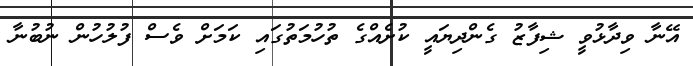
އޭނާ ވިދާޅުވީ ޝިފާޒު ގެންދިޔައީ ކުށެއްގެ ތުހުމަތުގައި ކަމަށް ވެސް ފުލުހުން ނުބުނާ